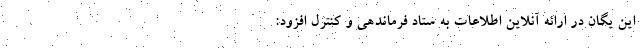
این یگان در ارائه ‌آنلاین اطلاعات به ستاد فرماندهی و کنترل افزود: